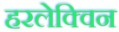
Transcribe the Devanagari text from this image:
हरलेक्विन